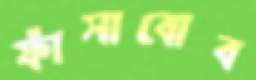
ফাঁসাবোব